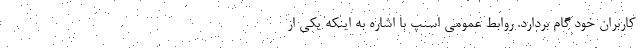
کاربران خود گام بردارد. روابط عمومی اسنپ با اشاره به اینکه یکی از